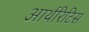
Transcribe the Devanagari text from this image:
आर्थरिटिस